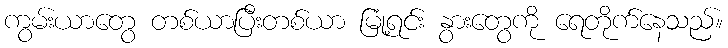
ကွမ်းယာတွေ တစ်ယာပြီးတစ်ယာ မြုံ့ရင်း နွားတွေကို ရေတိုက်နေသည်။